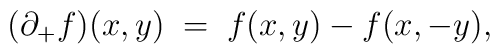
(\partial_+ f)(x,y) \; = \; f(x,y) - f(x, -y),